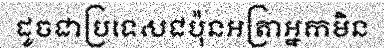
ដូចជាប្រទេសជប៉ុនអត្រាអ្នកមិន